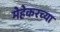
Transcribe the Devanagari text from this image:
मेहेकरच्या